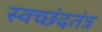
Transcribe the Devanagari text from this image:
स्वच्छंदतंत्र